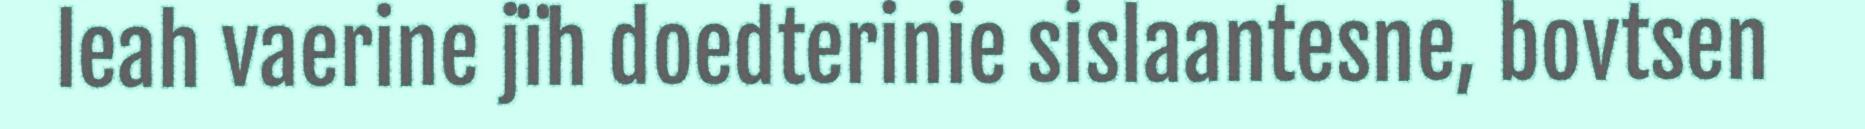
leah vaerine jïh doedterinie sislaantesne, bovtsen